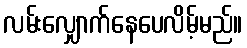
လမ်းလျှောက်နေပေလိမ့်မည်။